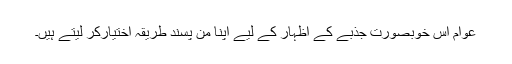
عوام اس خوبصورت جذبے کے اظہار کے لیے اپنا من پسند طریقہ اختیارکر لیتے ہیں۔